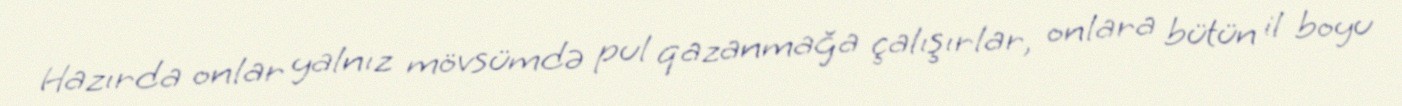
Hazırda onlar yalnız mövsümdə pul qazanmağa çalışırlar, onlara bütün il boyu